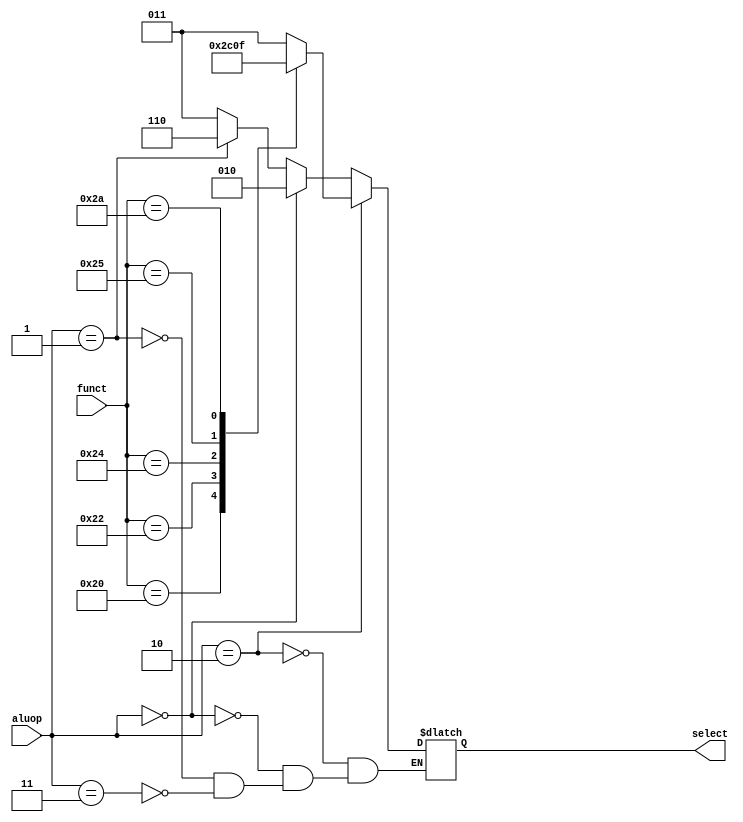
`timescale 1ns / 1ps
/*
Names: Beverly Abadines (004737953), Kyle Lee (005054981)
Term: Spring 2016
Class: CSE 401
Module: alu_control.v
Lab: 3
Date: May 18th, 2016

Takes in 6 bit of s_extendout with alu_op and outputs select, which is the control.
for alu.v This bridges machine language with assembly language.
*/


module alu_control(
    input	wire	[5:0]	funct, //from ID/EX latch (lab 2-2)
    input	wire	[1:0]	aluop,
    output	reg	[2:0]	select
    );
	
	//These are the function field paramters for Rtype. Use Fig 3.2 to complete
	// ALU Op
	parameter	Rtype 		=  2'b10; //this is a 2 bit parameter, will check later
				/*	Radd			=	2'b10,
					Rsub			=	2'b10,
					Rand			=	2'b10,
					Ror			=	2'b10,
					Rslt			=	2'b10; */
	// refer to Lab 2-2 or Lab 3-2, ALUOp
	parameter	lwsw			=	2'b00,		//since LW and SW use the same bit pattern, only way to store them as a paramter
					Itype			=	2'b01,		// beq, branch
					xis			=	6'bXXXXXX;	// not in diagrams, but assuming for don't care 
	// ALU Control Inputs Designation	
	parameter	ALUadd		=	3'b010,  //for R-type instructions
					ALUsub		=	3'b110,
					ALUand		=	3'b000,
					ALUor			=	3'b001,
					ALUslt		=	3'b111;
	//If the input information does not correspond to any valid instruction,
	//aluop = 2'b11 which sets control = ALUx = 3'b011 
	//and ALU output is 32 x's as required by lab manual. 			
	parameter	unknown		=	2'b11, //for invalid opcode, ALUop = 2'b11
					ALUx			=	3'b011;
	// Funct Field
	parameter	FUNCTadd		= 	6'b100000,
					FUNCTsub 	= 	6'b100010,
					FUNCTand 	= 	6'b100100,
					FUNCTor 		= 	6'b100101,
					FUNCTslt 	= 	6'b101010;
	initial
		select <= 0;
	
	always@* begin
		
		if (aluop == Rtype)
		 begin
			case(funct)
			   //assign the correct select value based on the function field.
				//Use Fig 3.2 to aid you in this.
				// Desired ALU action
				FUNCTadd:			select <= ALUadd;
				FUNCTsub:			select <= ALUsub;
				FUNCTand:			select <= ALUand;
				FUNCTor:			select <= ALUor;
				FUNCTslt:			select <= ALUslt;
				default:		select <= ALUx;
			endcase
	    end
		 
		//For all Other Types. Use figure 3.2 to help you out. 
		//Feel free to reuse any of the paramters defined aove.
		//Not sure about this part 
		else if (aluop == lwsw)
      begin
			select <= ALUadd;
		end
		
		else if (aluop == Itype)
      begin		
		   select <= ALUsub;
		end
		
		else if (aluop == unknown)
	    begin	
   		select <= ALUx;
		end
		// Redundant for completness
		else
		 begin
			select <= select;			
	    end	
	end
	
endmodule